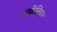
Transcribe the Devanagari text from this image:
आर्केलियन